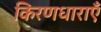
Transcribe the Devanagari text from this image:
किरणधाराएँ